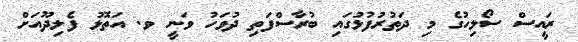
ރައީސް ސޯލިހުގެ މި ދަތުރުފުޅުގައި ބުރާސްފަތި ދުވަހު ވަނީ ވ. އަތޮޅު ފެލިދޫއަށް